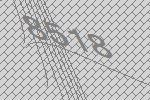
8518